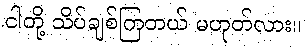
ငါတို့ သိပ်ချစ်ကြတယ် မဟုတ်လား။